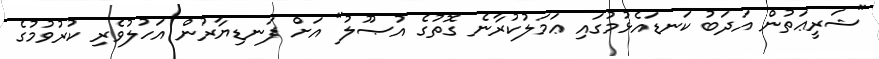
"ޝަރީޢަތުން އަދަބު ކަނޑައެޅުމުގައި ޢަމަލުކުރާނެ ގޮތުގެ އުޞޫލު" އަށް ފަނޑިޔާރުން އަހުލުވެރި ކުރުވުމުގެ